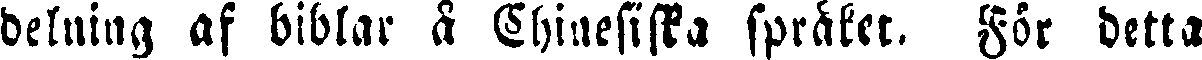
delning af biblar å Chinesiska språket. För detta